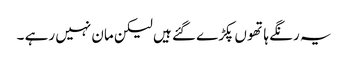
یہ رنگے ہاتھو ں پکڑے گئے ہیں لیکن مان نہیں رہے ۔